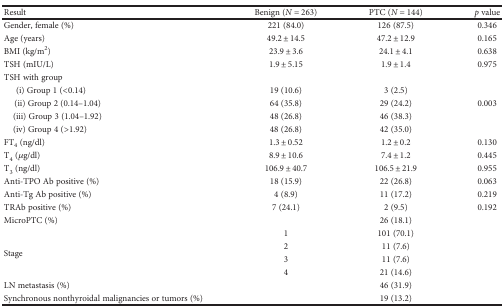
| Result | Benign (N = 263) | PTC (N = 144) | p value |
 | --- | --- | --- | --- |
 | Gender, female (%) | 221 (84.0) | 126 (87.5) | 0.346 |
 | Age (years) | 49.2 ± 14.5 | 47.2 ± 12.9 | 0.165 |
 | BMI (kg/m2) | 23.9 ± 3.6 | 24.1 ± 4.1 | 0.638 |
 | TSH (mIU/L) | 1.9 ± 5.15 | 1.9 ± 1.4 | 0.975 |
 | TSH with group |  |  | <ROWSPAN=5> 0.003 |
 | (i) Group 1 (<0.14) | 19 (10.6) | 3 (2.5) |
 | (ii) Group 2 (0.14–1.04) | 64 (35.8) | 29 (24.2) |
 | (iii) Group 3 (1.04–1.92) | 48 (26.8) | 46 (38.3) |
 | (iv) Group 4 (>1.92) | 48 (26.8) | 42 (35.0) |
 | FT4 (ng/dl) | 1.3 ± 0.52 | 1.2 ± 0.2 | 0.130 |
 | T4 (μg/dl) | 8.9 ± 10.6 | 7.4 ± 1.2 | 0.445 |
 | T3 (ng/dl) | 106.9 ± 40.7 | 106.5 ± 21.9 | 0.955 |
 | Anti-TPO Ab positive (%) | 18 (15.9) | 22 (26.8) | 0.063 |
 | Anti-Tg Ab positive (%) | 4 (8.9) | 11 (17.2) | 0.219 |
 | TRAb positive (%) | 7 (24.1) | 2 (9.5) | 0.192 |
 | MicroPTC (%) |  | 26 (18.1) |  |
 | <ROWSPAN=4> Stage | 1 | 101 (70.1) |  |
 | 2 | 11 (7.6) |  |
 | 3 | 11 (7.6) |  |
 | 4 | 21 (14.6) |  |
 | LN metastasis (%) |  | 46 (31.9) |  |
 | Synchronous nonthyroidal malignancies or tumors (%) |  | 19 (13.2) |  |